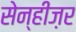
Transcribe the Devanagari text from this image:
सेन्हीज़र